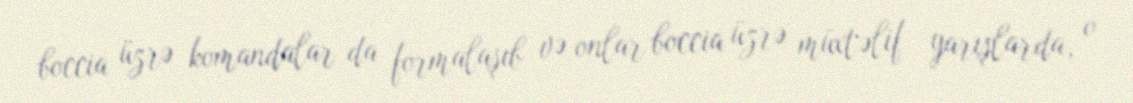
boccia üzrə komandalar da formalaşıb və onlar boccia üzrə müxtəlif yarışlarda, o